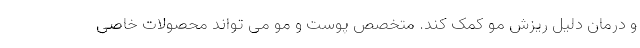
و درمان دلیل ریزش مو کمک کند. متخصص پوست و مو می تواند محصولات خاصی